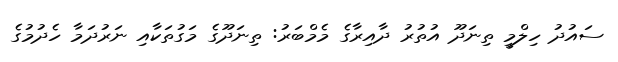
ސައުދު ހިލްމީ ތިނަދޫ އުތުރު ދާއިރާގެ މެމްބަރު: ތިނަދޫގެ މަގުތަކާއި ނަރުދަމާ ހެދުމުގެ